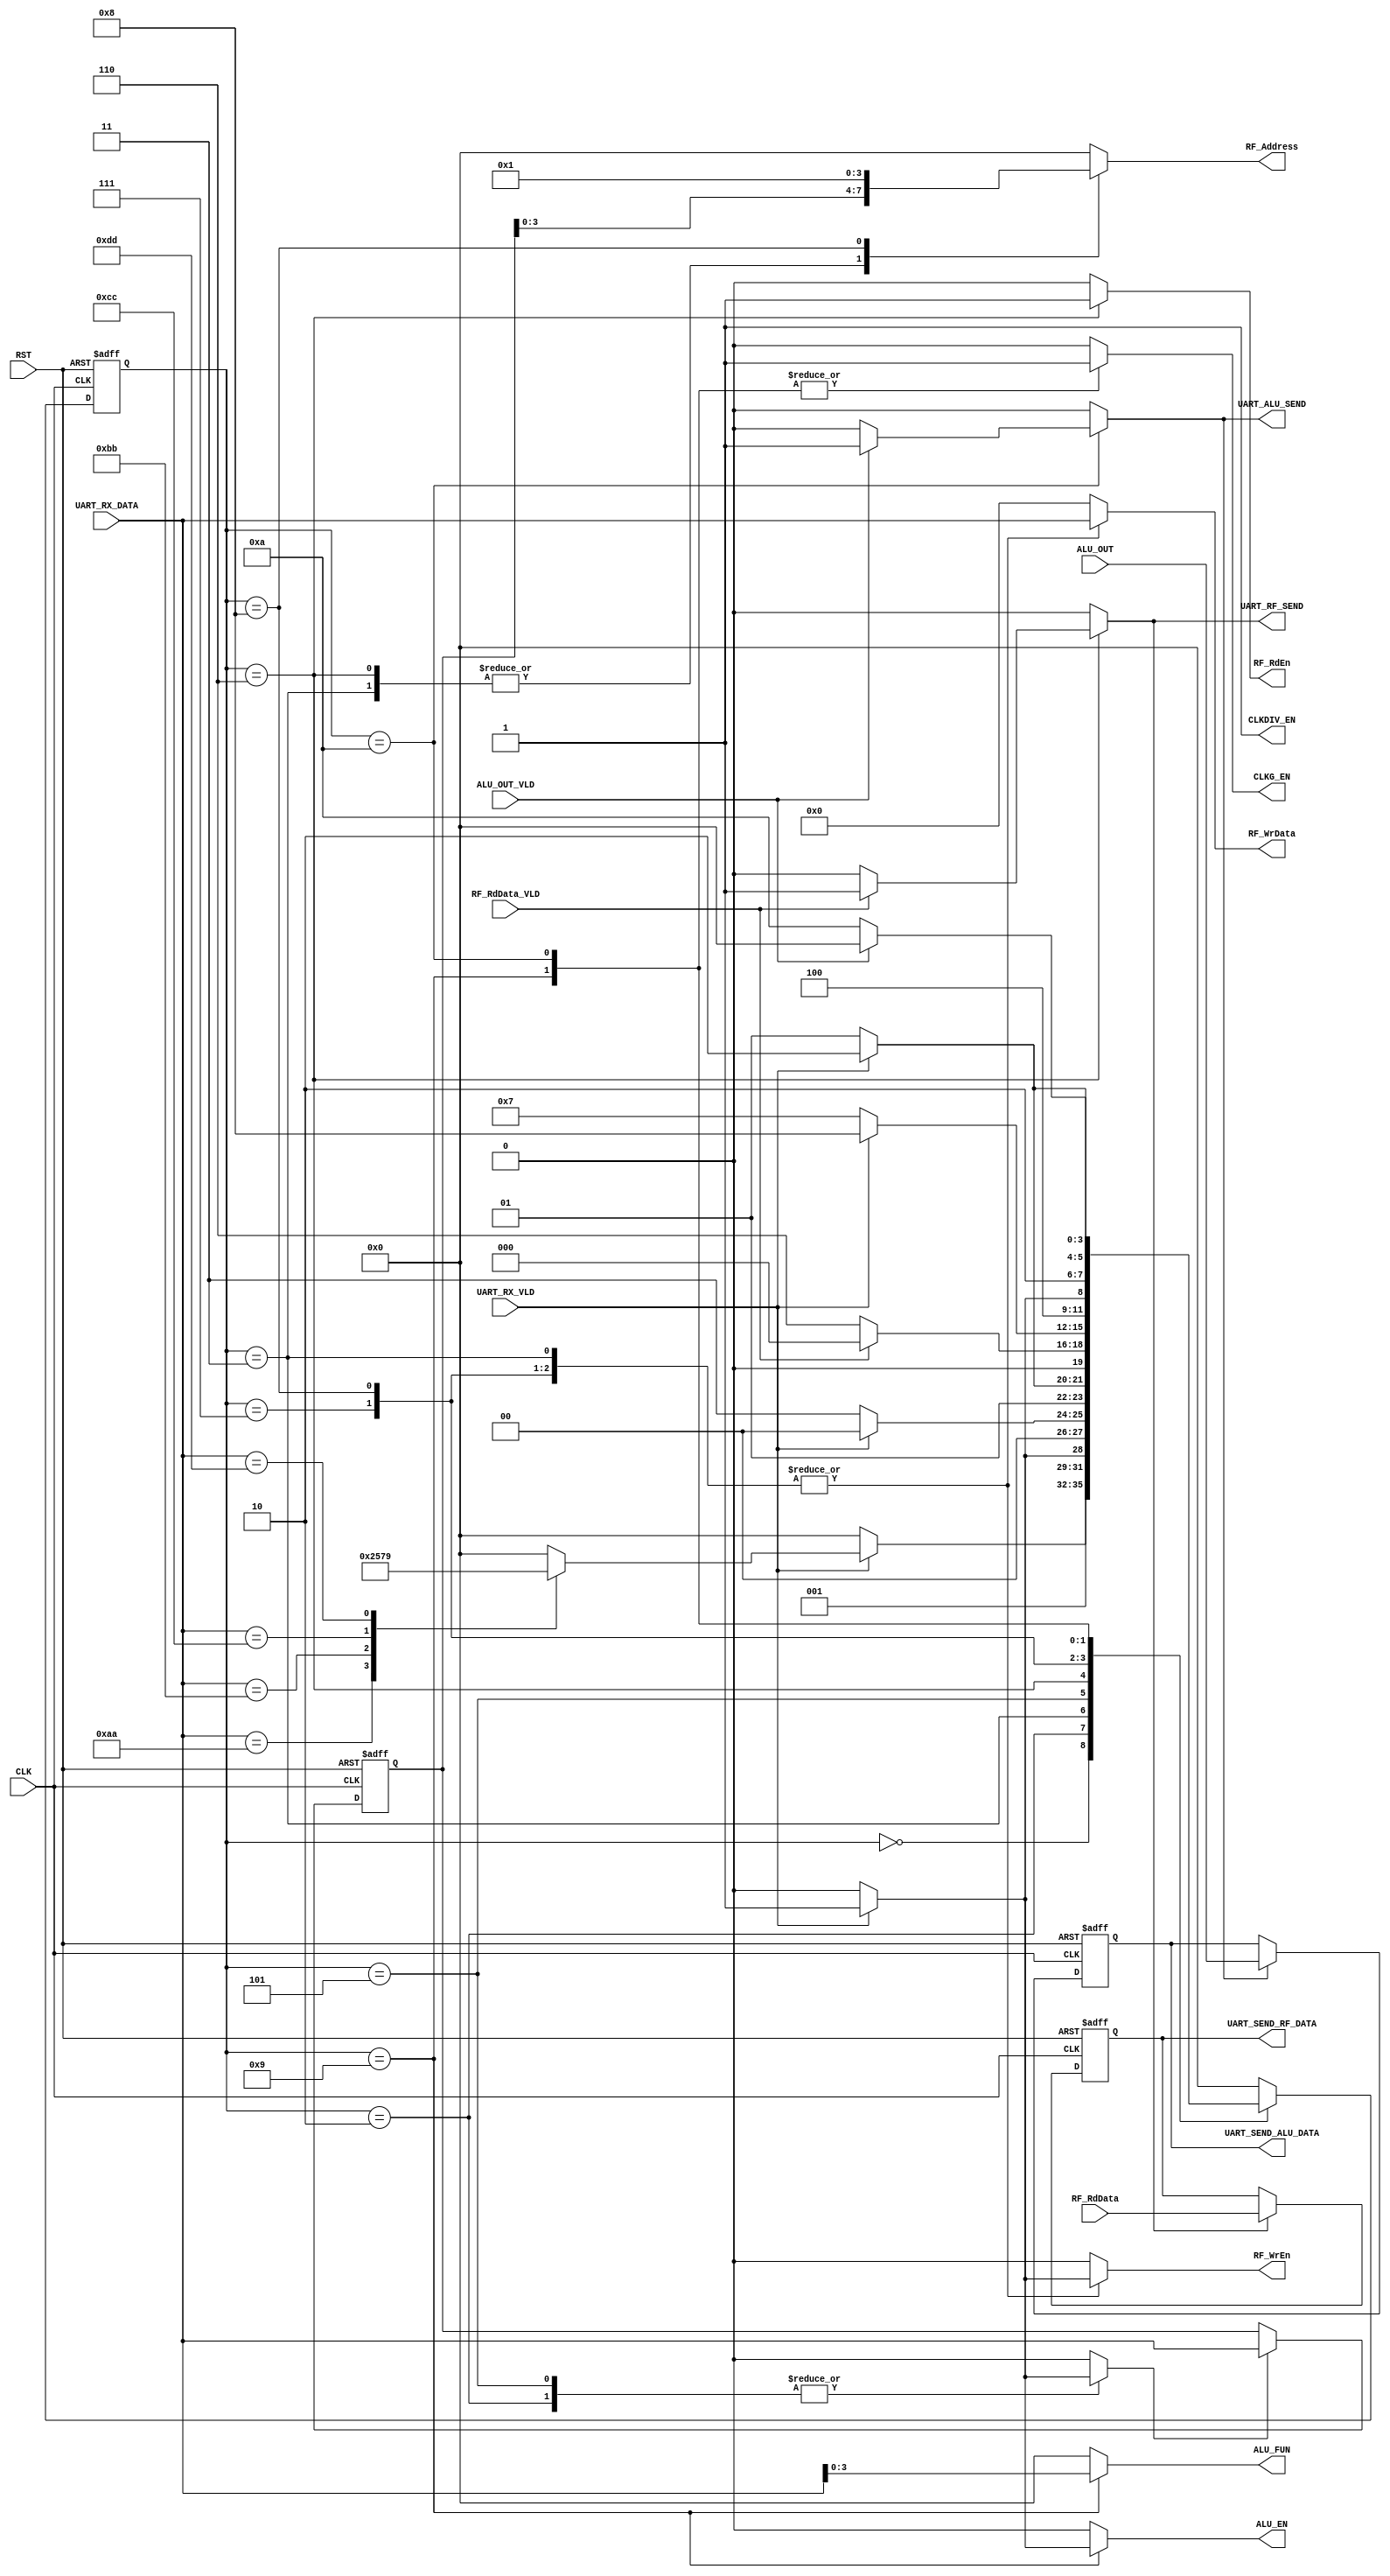
/*
Functionality:
    The FSM Switches Between:
    1- IDLE
    2- Register File Write command (3 frames)
        - RF_Wr_CMD (0xAA)
        - RF_Wr_Addr
        - RF_Wr_Data
    3- Register File Read command (2 frames)
        - RF_Rd_CMD (0xBB)
        - RF_Rd_Addr
    4- ALU Operation command with operand (4 frames)
        - ALU_OPER_W_OP_CMD (0xCC)
        - Operand A
        - Operand B
        - ALU FUN
    5- ALU Operation command with No operand (2 frames)
        - ALU_OPER_W_NOP_CMD (0xDD)
        - ALU FUN
 */
module CTRL_RX #(parameter WIDTH = 8, ADDR = 4 )

(
input    wire                 CLK,
input    wire                 RST,
input    wire   [WIDTH-1:0]   RF_RdData,
input    wire                 RF_RdData_VLD,
input    wire   [WIDTH*2-1:0] ALU_OUT,
input    wire                 ALU_OUT_VLD, 
input    wire   [WIDTH-1:0]   UART_RX_DATA, 
input    wire                 UART_RX_VLD,
output   reg                  ALU_EN,
output   reg    [3:0]         ALU_FUN,  
output   reg                  CLKG_EN, 
output   reg                  CLKDIV_EN,
output   reg                  RF_WrEn,
output   reg                  RF_RdEn,
output   reg   [ADDR-1:0]     RF_Address,
output   reg   [WIDTH-1:0]    RF_WrData,
output   reg                  UART_RF_SEND,
output   reg                  UART_ALU_SEND,
output   reg   [WIDTH-1:0]    UART_SEND_RF_DATA,
output   reg   [WIDTH*2-1:0]  UART_SEND_ALU_DATA  	
);

    /////////////////////////////////////////////////////////////////////////////////////////////
    ///////////////////////////////////// State Encoding ////////////////////////////////////////
    /////////////////////////////////////////////////////////////////////////////////////////////
localparam  [3:0]      IDLE         = 4'b0000 ,
					   //Register File Write command
                       WRITE_CMD_S  = 4'b0001 ,
					   WRITE_ADD_S  = 4'b0010 ,
					   WRITE_DAT_S  = 4'b0011 ,
					   //Register File Read command
					   READ_CMD_S   = 4'b0100 ,
					   READ_ADD_S   = 4'b0101 ,
					   READ_WAIT_S  = 4'b0110 ,
					   //ALU Operation command with operand
					   ALU_WP_OPA_S = 4'b0111 ,
					   ALU_WP_OPB_S = 4'b1000 ,	
					   //ALU Operation command
					   ALU_OP_FUN_S = 4'b1001 ,
                       ALU_WAIT_O_S = 4'b1010 ;
					   //commands
localparam  [7:0]      RF_WRITE_CMD  = 8'hAA ,
                       RF_READ_CMD   = 8'hBB ,
					   ALU_W_OP_CMD  = 8'hCC ,
					   ALU_WN_OP_CMD = 8'hDD ;
					   
reg         [3:0]      current_state , 
                       next_state    ;
					   
    /////////////////////////////////////////////////////////////////////////////////////////////
    ////////////////////////////// internal wires for registering //////////////////////////////
    ///////////////////////////////////////////////////////////////////////////////////////////
	
reg         [7:0]      RF_ADDR_REG ;

reg                    RF_ADDR_EN   ,
                       RF_RD_STORE  ,
                       ALU_DAT_STOR ;					   

    /////////////////////////////////////////////////////////////////////////////////////////////
    ///////////////////////////////////// state transiton //////////////////////////////////////
    ///////////////////////////////////////////////////////////////////////////////////////////
				   
always @ (posedge CLK or negedge RST)
 begin
  if(!RST)
   begin
    current_state <= IDLE ;
   end
  else
   begin
    current_state <= next_state ;
   end
 end
 
    /////////////////////////////////////////////////////////////////////////////////////////////
    ///////////////////////////////////// next state logic /////////////////////////////////////
    ///////////////////////////////////////////////////////////////////////////////////////////
	
always @ (*)
 begin
  case(current_state)
  IDLE   	: begin
				if(UART_RX_VLD)
			      begin
					case(UART_RX_DATA)  // command
					RF_WRITE_CMD : begin
									next_state = WRITE_ADD_S ;				
								   end
					RF_READ_CMD  : begin
									next_state = READ_ADD_S ;				
								   end
					ALU_W_OP_CMD : begin
									next_state = ALU_WP_OPA_S ;				
								   end
					ALU_WN_OP_CMD: begin
			                        next_state = ALU_OP_FUN_S ;				
								   end							   
					default      : begin
									next_state = IDLE ;				
								   end
					endcase	
				  end
				else
				  begin
					next_state = IDLE ;
				  end
				end			  							  			
  WRITE_ADD_S : begin
				 if(UART_RX_VLD)
			       begin
			        next_state = WRITE_DAT_S ; 				
                   end
			     else
			       begin
			        next_state = WRITE_ADD_S ; 			
                   end			  
                end
  WRITE_DAT_S : begin
				 if(UART_RX_VLD)
			       begin
			        next_state = IDLE ; 				
                   end
			     else
			       begin
			        next_state = WRITE_DAT_S ; 			
                   end			  
                end  		  
  READ_ADD_S  : begin
				 if(UART_RX_VLD)
			       begin
			        next_state = READ_WAIT_S ; 				
                   end
			     else
			       begin
			        next_state = READ_ADD_S ; 			
                   end			  
                end
  READ_WAIT_S : begin
				 if(RF_RdData_VLD)
			       begin
			        next_state = IDLE ; 				
                   end
			     else
			       begin
			        next_state = READ_WAIT_S ; 			
                   end			  
                end			
  ALU_WP_OPA_S: begin
				 if(UART_RX_VLD)
			       begin
			        next_state = ALU_WP_OPB_S ; 				
                   end
			     else
			       begin
			        next_state = ALU_WP_OPA_S ; 			
                   end			  
                end	
  ALU_WP_OPB_S: begin
				 if(UART_RX_VLD)
			       begin
			        next_state = ALU_OP_FUN_S ; 				
                   end
			     else
			       begin
			        next_state = ALU_WP_OPB_S ; 			
                   end			  
                end	
  ALU_OP_FUN_S: begin
				 if(UART_RX_VLD)
			       begin
			        next_state = ALU_WAIT_O_S ; 				
                   end
			     else
			       begin
			        next_state = ALU_OP_FUN_S ; 			
                   end			  
                end	
  ALU_WAIT_O_S: begin
				 if(ALU_OUT_VLD)
			       begin
			        next_state = IDLE ; 				
                   end
			     else
			       begin
			        next_state = ALU_WAIT_O_S ; 			
                   end			  
                end					
  default     : begin
			      next_state = IDLE ; 
                end	
  endcase                 	   
 end 
    /////////////////////////////////////////////////////////////////////////////////////////////
    /////////////////////////////////////// output logic ///////////////////////////////////////
    ///////////////////////////////////////////////////////////////////////////////////////////
	
always @ (*)
 begin
   ALU_EN     = 1'b0 ;
   ALU_FUN    = 4'b0 ;  
   CLKG_EN    = 1'b0 ; 
   CLKDIV_EN  = 1'b1 ;
   RF_WrEn    = 1'b0 ;
   RF_RdEn    = 1'b0 ;
   RF_Address =  'b0 ;
   RF_WrData  =  'b0 ;
   RF_ADDR_EN = 1'b0 ;
   UART_RF_SEND  = 1'b0 ; 
   UART_ALU_SEND = 1'b0 ;
   RF_RD_STORE   = 1'b0 ;
   ALU_DAT_STOR  = 1'b0 ;   
  case(current_state)
  IDLE   	  : begin
				  ALU_EN     = 1'b0 ;
				  ALU_FUN    = 4'b0 ;  
				  CLKG_EN    = 1'b0 ; 
				  CLKDIV_EN  = 1'b1 ;
				  RF_WrEn    = 1'b0 ;
				  RF_RdEn    = 1'b0 ;
				  RF_Address =  'b0 ;
				  RF_WrData  =  'b0 ;
				end			  							  			
  WRITE_ADD_S : begin
				 if(UART_RX_VLD)
			       begin
			        RF_ADDR_EN = 1'b1 ; 				
                   end
			     else
			       begin
			        RF_ADDR_EN = 1'b0 ; 			
                   end					   	  
                end
  WRITE_DAT_S : begin
				 if(UART_RX_VLD)
			       begin
				    RF_WrEn    = 1'b1         ;
					RF_Address = RF_ADDR_REG  ;
					RF_WrData  = UART_RX_DATA ;
                   end
			     else
			       begin
				    RF_WrEn    = 1'b0         ;
					RF_Address = RF_ADDR_REG  ;
					RF_WrData  = UART_RX_DATA ; 			
                   end					   	  
                end
  READ_ADD_S  : begin
				 if(UART_RX_VLD)
			       begin
			        RF_ADDR_EN = 1'b1 ; 				
                   end
			     else
			       begin
			        RF_ADDR_EN = 1'b0 ; 			
                   end					   	  
                end
  READ_WAIT_S : begin
				  RF_RdEn    = 1'b1         ;
				  RF_Address = RF_ADDR_REG  ;
				  if(RF_RdData_VLD)
			       begin
			        UART_RF_SEND = 1'b1 ; 
                    RF_RD_STORE  = 1'b1 ;					
                   end
			      else
			       begin
			        UART_RF_SEND = 1'b0 ;	
                    RF_RD_STORE  = 1'b0 ;						
                   end					  
                end		
  ALU_WP_OPA_S: begin
				 if(UART_RX_VLD)
				   begin
				    RF_WrEn    = 1'b1         ;
					RF_Address = 'b00         ;
					RF_WrData  = UART_RX_DATA ;
				   end	
			     else
			       begin
				    RF_WrEn    = 1'b0         ;
					RF_Address = 'b00         ;
					RF_WrData  = UART_RX_DATA ; 			
                   end			  
                end	
  ALU_WP_OPB_S: begin
				 if(UART_RX_VLD)
				  begin
				    RF_WrEn    = 1'b1         ;
					RF_Address = 'b01         ;
					RF_WrData  = UART_RX_DATA ;
				  end	
			     else
			       begin
				    RF_WrEn    = 1'b0         ;
					RF_Address = 'b01         ;
					RF_WrData  = UART_RX_DATA ; 			
                   end			  
                end	
  ALU_OP_FUN_S: begin
				 CLKG_EN = 1'b1 ;  
				 if(UART_RX_VLD)
			       begin
                     ALU_EN  = 1'b1 ;
                     ALU_FUN = UART_RX_DATA ; 			
                   end
			     else
			       begin
                     ALU_EN  = 1'b0 ;
                     ALU_FUN = UART_RX_DATA ; 				
                   end			  
                end	
  ALU_WAIT_O_S: begin
				 CLKG_EN = 1'b1 ;   
				 if(ALU_OUT_VLD)
			       begin
			        UART_ALU_SEND = 1'b1 ; 
                    ALU_DAT_STOR  = 1'b1 ;							
                   end
			      else
			       begin
			        UART_ALU_SEND = 1'b0 ;
                    ALU_DAT_STOR  = 1'b0 ;							
                   end
                end				   
  default     : begin
		    ALU_EN     = 1'b0 ;
		    ALU_FUN    = 4'b0 ;  
		    CLKG_EN    = 1'b0 ; 
	            CLKDIV_EN  = 1'b1 ;
		    RF_WrEn    = 1'b0 ;
		    RF_RdEn    = 1'b0 ;
		    RF_Address =  'b0 ;
		    RF_WrData  =  'b0 ;
                end	
  endcase                 	   
 end 
							  
// **************** storing RF Address **************** //
always @ (posedge CLK or negedge RST)
 begin
  if(!RST)
   begin
    RF_ADDR_REG <= 8'b0 ;
   end
  else
   begin
    if (RF_ADDR_EN)
	 begin	
      RF_ADDR_REG <= UART_RX_DATA ;
	 end 
   end
 end
 
// **************** storing RF READ Data **************** //
always @ (posedge CLK or negedge RST)
 begin
  if(!RST)
   begin
    UART_SEND_RF_DATA <= 8'b0 ;
   end
  else
   begin
    if (RF_RD_STORE)
	 begin
      UART_SEND_RF_DATA <= RF_RdData ;
	 end 
   end
 end
 
// **************** storing ALU Result **************** //
always @ (posedge CLK or negedge RST)
 begin
  if(!RST)
   begin
    UART_SEND_ALU_DATA <= 'b0 ;
   end
  else
   begin
    if (ALU_DAT_STOR)
	 begin
      UART_SEND_ALU_DATA <= ALU_OUT ;
	 end 
   end
 end

endmodule